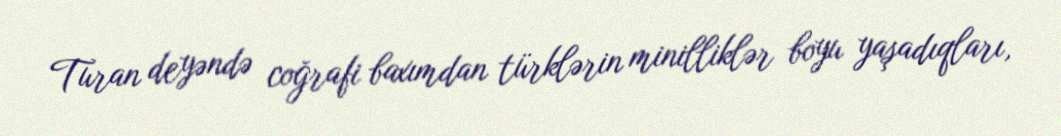
Turan deyəndə coğrafi baxımdan türklərin minilliklər boyu yaşadıqları,